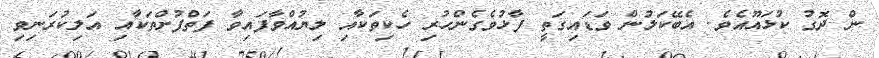
ން ދޮގު ކުޅައޫއެވެ. އެބޭކަލުން ވަޑައިގަތީ ފާޅުވެގެންހުރި ހެކިތަކާއި ލިޔުއްވާފައިވާ ފަތްފުށްތަކާއި އަލިކުރަނިވި